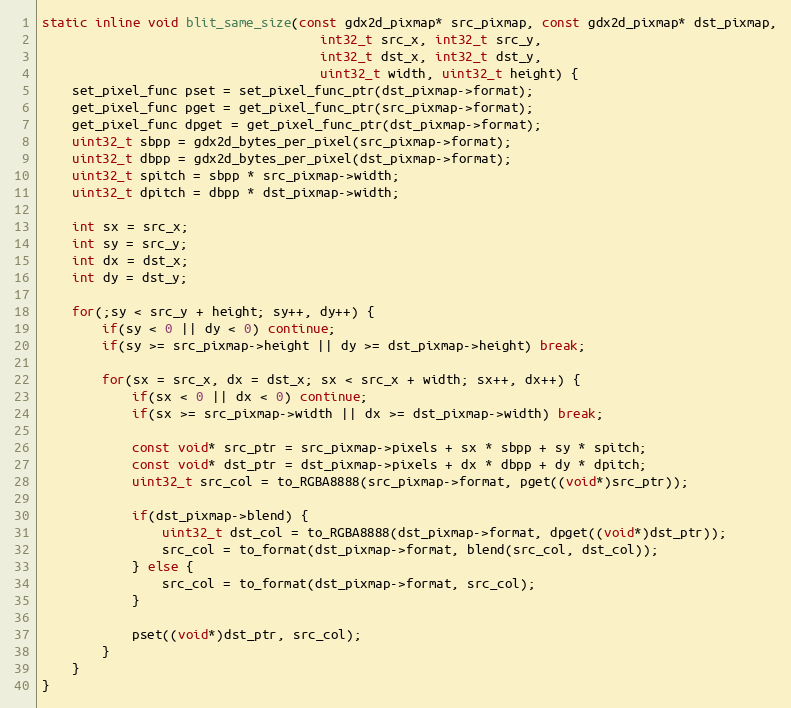
Language: C
static inline void blit_same_size(const gdx2d_pixmap* src_pixmap, const gdx2d_pixmap* dst_pixmap,
						 			 int32_t src_x, int32_t src_y,
									 int32_t dst_x, int32_t dst_y,
									 uint32_t width, uint32_t height) {
	set_pixel_func pset = set_pixel_func_ptr(dst_pixmap->format);
	get_pixel_func pget = get_pixel_func_ptr(src_pixmap->format);
	get_pixel_func dpget = get_pixel_func_ptr(dst_pixmap->format);
	uint32_t sbpp = gdx2d_bytes_per_pixel(src_pixmap->format);
	uint32_t dbpp = gdx2d_bytes_per_pixel(dst_pixmap->format);
	uint32_t spitch = sbpp * src_pixmap->width;
	uint32_t dpitch = dbpp * dst_pixmap->width;

	int sx = src_x;
	int sy = src_y;
	int dx = dst_x;
	int dy = dst_y;

	for(;sy < src_y + height; sy++, dy++) {
		if(sy < 0 || dy < 0) continue;
		if(sy >= src_pixmap->height || dy >= dst_pixmap->height) break;

		for(sx = src_x, dx = dst_x; sx < src_x + width; sx++, dx++) {
			if(sx < 0 || dx < 0) continue;
			if(sx >= src_pixmap->width || dx >= dst_pixmap->width) break;

			const void* src_ptr = src_pixmap->pixels + sx * sbpp + sy * spitch;
			const void* dst_ptr = dst_pixmap->pixels + dx * dbpp + dy * dpitch;
			uint32_t src_col = to_RGBA8888(src_pixmap->format, pget((void*)src_ptr));

			if(dst_pixmap->blend) {
				uint32_t dst_col = to_RGBA8888(dst_pixmap->format, dpget((void*)dst_ptr));
				src_col = to_format(dst_pixmap->format, blend(src_col, dst_col));
			} else {
				src_col = to_format(dst_pixmap->format, src_col);
			}

			pset((void*)dst_ptr, src_col);
		}
	}
}